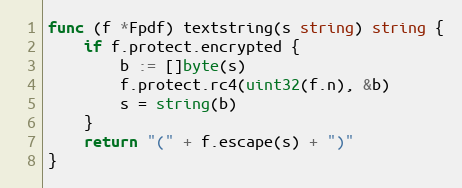
Language: Go
func (f *Fpdf) textstring(s string) string {
	if f.protect.encrypted {
		b := []byte(s)
		f.protect.rc4(uint32(f.n), &b)
		s = string(b)
	}
	return "(" + f.escape(s) + ")"
}